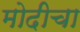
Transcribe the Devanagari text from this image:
मोदीचा